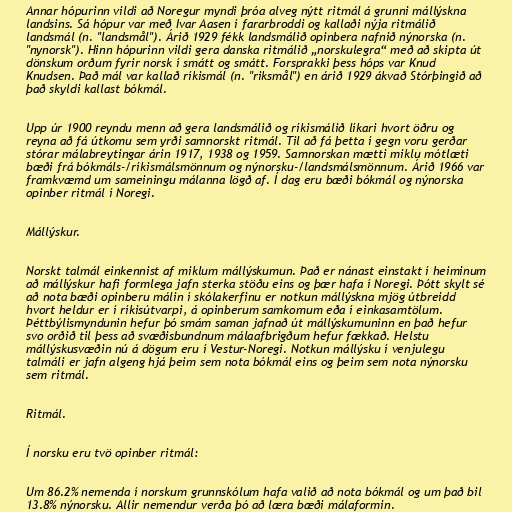
Annar hópurinn vildi að Noregur myndi þróa alveg nýtt ritmál á grunni mállýskna
landsins. Sá hópur var með Ivar Aasen í fararbroddi og kallaði nýja ritmálið
landsmál (n. "landsmål"). Árið 1929 fékk landsmálið opinbera nafnið nýnorska (n.
"nynorsk"). Hinn hópurinn vildi gera danska ritmálið „norskulegra“ með að skipta út
dönskum orðum fyrir norsk í smátt og smátt. Forsprakki þess hóps var Knud
Knudsen. Það mál var kallað ríkismál (n. "riksmål") en árið 1929 ákvað Stórþingið að
það skyldi kallast bókmál.

Upp úr 1900 reyndu menn að gera landsmálið og ríkismálið líkari hvort öðru og
reyna að fá útkomu sem yrði samnorskt ritmál. Til að fá þetta í gegn voru gerðar
stórar málabreytingar árin 1917, 1938 og 1959. Samnorskan mætti miklu mótlæti
bæði frá bókmáls-/ríkismálsmönnum og nýnorsku-/landsmálsmönnum. Árið 1966 var
framkvæmd um sameiningu málanna lögð af. Í dag eru bæði bókmál og nýnorska
opinber ritmál í Noregi.

Mállýskur.

Norskt talmál einkennist af miklum mállýskumun. Það er nánast einstakt í heiminum
að mállýskur hafi formlega jafn sterka stöðu eins og þær hafa í Noregi. Þótt skylt sé
að nota bæði opinberu málin í skólakerfinu er notkun mállýskna mjög útbreidd
hvort heldur er í ríkisútvarpi, á opinberum samkomum eða í einkasamtölum.
Þéttbýlismyndunin hefur þó smám saman jafnað út mállýskumuninn en það hefur
svo orðið til þess að svæðisbundnum málaafbrigðum hefur fækkað. Helstu
mállýskusvæðin nú á dögum eru í Vestur-Noregi. Notkun mállýsku í venjulegu
talmáli er jafn algeng hjá þeim sem nota bókmál eins og þeim sem nota nýnorsku
sem ritmál.

Ritmál.

Í norsku eru tvö opinber ritmál:

Um 86.2% nemenda í norskum grunnskólum hafa valið að nota bókmál og um það bil
13.8% nýnorsku. Allir nemendur verða þó að læra bæði málaformin.